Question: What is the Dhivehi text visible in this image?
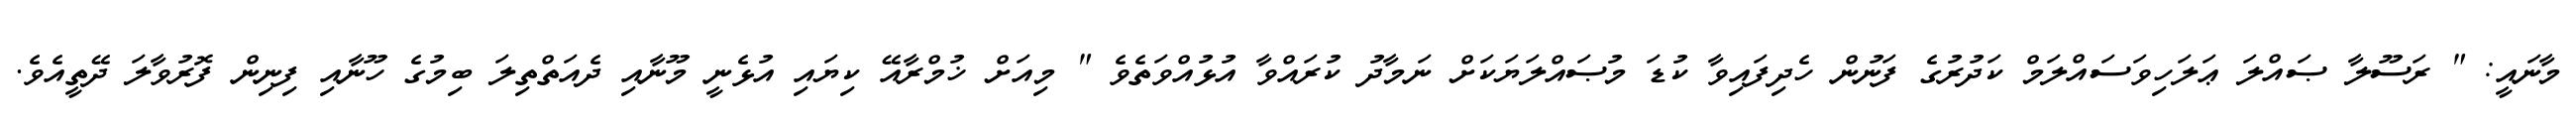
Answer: މާނައީ: " ރަސޫލާ ޞައްލަ ޢަލަހިވަސައްލަމް ކަދުރުގެ ފަނުން ހެދިފައިވާ ކުޑަ މުޞައްލަޔަކަށް ނަމާދު ކުރައްވާ އުޅުއްވަތެވެ " މިއަށް ޚުމްރާއޭ ކިޔައި އުޅެނީ މޫނާއި ދެއަތްތިލަ ބިމުގެ ހޫނާއި ފިނިން ފޮރުވާލަ ދޭތީއެވެ.